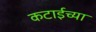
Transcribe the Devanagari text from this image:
कटाईच्या